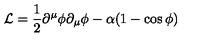
{ \cal L } = \frac { 1 } { 2 } \partial ^ { \mu } \phi \partial _ { \mu } \phi - \alpha ( 1 - \cos \phi )